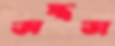
অস্ত্রভা